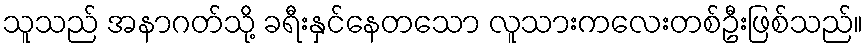
သူသည် အနာဂတ်သို့ ခရီးနှင်နေတသော လူသားကလေးတစ်ဦးဖြစ်သည်။